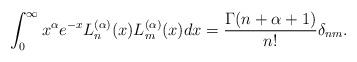
LaTeX: \begin{align*}\int_0^{\infty} x^{\alpha} e^{-x} L_n^{(\alpha)}(x) L_m^{(\alpha)}(x) dx = \frac{\Gamma(n + \alpha + 1)}{n!} \delta_{nm}.\end{align*}